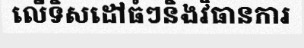
លើទិសដៅធំៗនិងវិធានការ